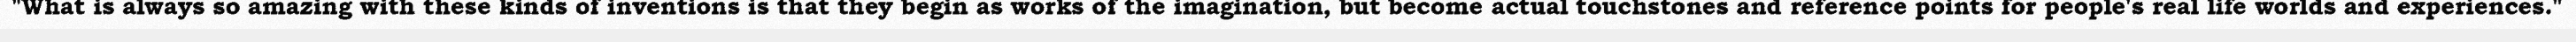
"What is always so amazing with these kinds of inventions is that they begin as works of the imagination, but become actual touchstones and reference points for people's real life worlds and experiences."